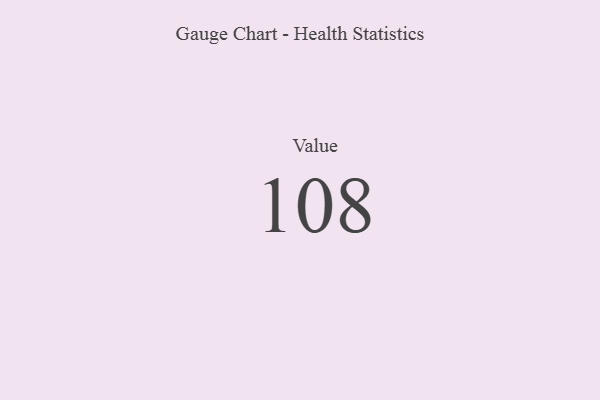
{"axis": {"x": "Metric", "y": "Value"}, "legend": [""], "data": [{"x": "Value", "y": 108, "type": ""}]}